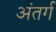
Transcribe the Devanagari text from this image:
अंतर्ग